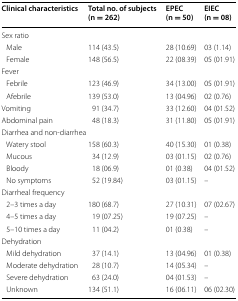
<table><thead><tr><td><b>Clinical characteristics</b></td><td><b>Total no. of subjects(n = 262)</b></td><td><b>EPEC(n = 50)</b></td><td><b>EIEC(n = 08)</b></td></tr></thead><tbody><tr><td colspan="4">Sex ratio</td></tr><tr><td> Male</td><td>114 (43.5)</td><td>28 (10.69)</td><td>03 (1.14)</td></tr><tr><td> Female</td><td>148 (56.5)</td><td>22 (08.39)</td><td>05 (01.91)</td></tr><tr><td colspan="4">Fever</td></tr><tr><td> Febrile</td><td>123 (46.9)</td><td>34 (13.00)</td><td>05 (01.91)</td></tr><tr><td> Afebrile</td><td>139 (53.0)</td><td>13 (04.96)</td><td>02 (0.76)</td></tr><tr><td>Vomiting</td><td>91 (34.7)</td><td>33 (12.60)</td><td>04 (01.52)</td></tr><tr><td>Abdominal pain</td><td>48 (18.3)</td><td>31 (11.80)</td><td>05 (01.91)</td></tr><tr><td colspan="4">Diarrhea and non-diarrhea</td></tr><tr><td> Watery stool</td><td>158 (60.3)</td><td>40 (15.30)</td><td>01 (0.38)</td></tr><tr><td> Mucous</td><td>34 (12.9)</td><td>03 (01.15)</td><td>02 (0.76)</td></tr><tr><td> Bloody</td><td>18 (06.9)</td><td>01 (0.38)</td><td>04 (01.52)</td></tr><tr><td> No symptoms</td><td>52 (19.84)</td><td>03 (01.15)</td><td>–</td></tr><tr><td colspan="4">Diarrheal frequency</td></tr><tr><td> 2–3 times a day</td><td>180 (68.7)</td><td>27 (10.31)</td><td>07 (02.67)</td></tr><tr><td> 4–5 times a day</td><td>19 (07.25)</td><td>19 (07.25)</td><td>–</td></tr><tr><td> 5–10 times a day</td><td>11 (04.2)</td><td>01 (0.38)</td><td>–</td></tr><tr><td colspan="4">Dehydration</td></tr><tr><td> Mild dehydration</td><td>37 (14.1)</td><td>13 (04.96)</td><td>01 (0.38)</td></tr><tr><td> Moderate dehydration</td><td>28 (10.7)</td><td>14 (05.34)</td><td>–</td></tr><tr><td> Severe dehydration</td><td>63 (24.0)</td><td>04 (01.53)</td><td>–</td></tr><tr><td> Unknown</td><td>134 (51.1)</td><td>16 (06.11)</td><td>06 (02.30)</td></tr></tbody></table>